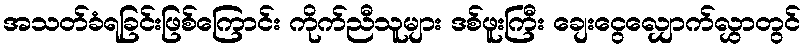
အသတ်ခံရခြင်းဖြစ်ကြောင်း ကိုက်ညီသူများ ဒစ်ဖူးကြီး ချေးငွေလျှောက်လွှာတွင်